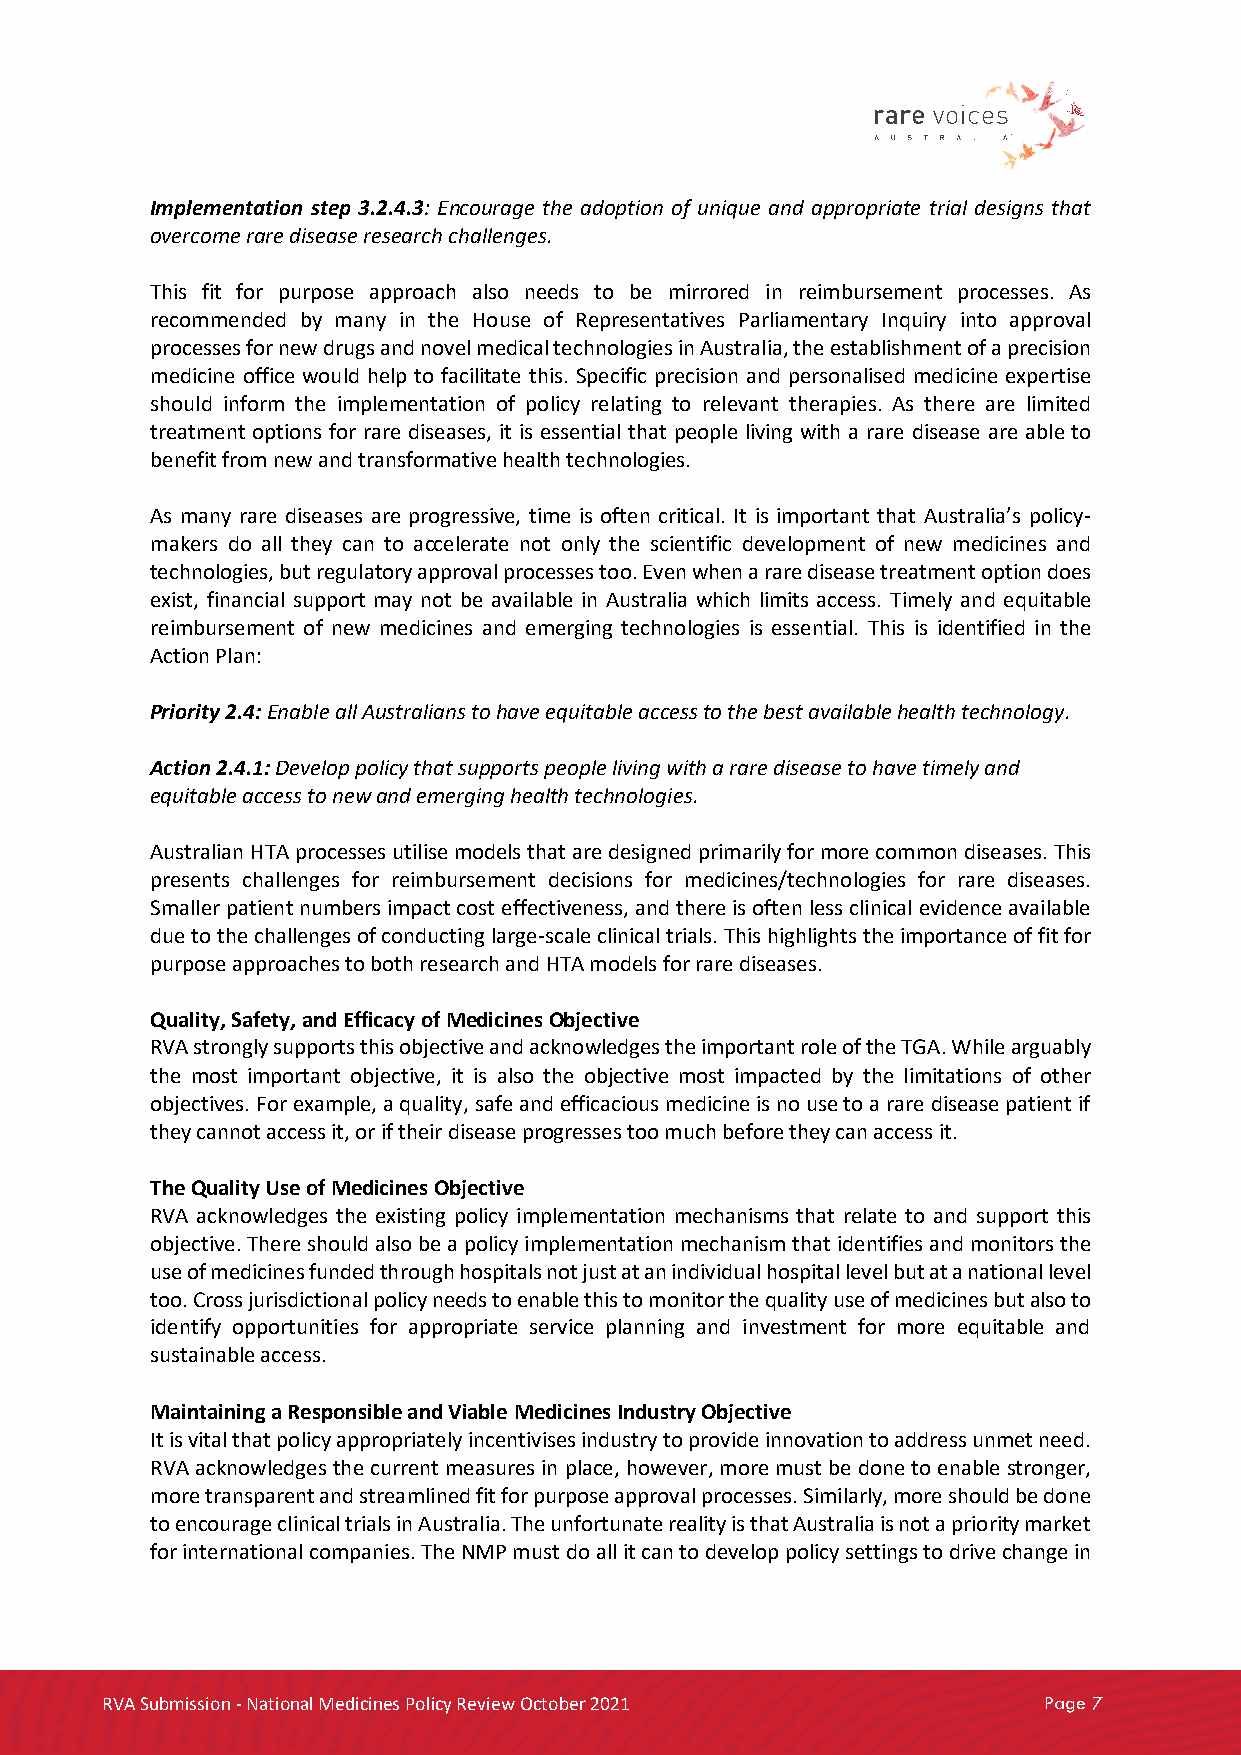
Implementation step 3.2.4.3: Encourage the adoption of unique and appropriate trial designs that
 overcome rare disease research challenges.
 This fit for purpose approach also needs to be mirrored in reimbursement processes. As
 recommended by many in the House of Representatives Parliamentary Inquiry into approval
 processes for new drugs and novel medical technologies in Australia, the establishment of a precision
 medicine office would help to facilitate this. Specific precision and personalised medicine expertise
 should inform the implementation of policy relating to relevant therapies. As there are limited
 treatment options for rare diseases, it is essential that people living with a rare disease are able to
 benefit from new and transformative health technologies.
 As many rare diseases are progressive, time is often critical. It is important that Australia’s policy-
 makers do all they can to accelerate not only the scientific development of new medicines and
 technologies, but regulatory approval processes too. Even when a rare disease treatment option does
 exist, financial support may not be available in Australia which limits access. Timely and equitable
 reimbursement of new medicines and emerging technologies is essential. This is identified in the
 Action Plan:
 Priority 2.4: Enable all Australians to have equitable access to the best available health technology.
 Action 2.4.1: Develop policy that supports people living with a rare disease to have timely and
 equitable access to new and emerging health technologies.
 Australian HTA processes utilise models that are designed primarily for more common diseases. This
 presents challenges for reimbursement decisions for medicines/technologies for rare diseases.
 Smaller patient numbers impact cost effectiveness, and there is often less clinical evidence available
 due to the challenges of conducting large-scale clinical trials. This highlights the importance of fit for
 purpose approaches to both research and HTA models for rare diseases.
 Quality, Safety, and Efficacy of Medicines Objective
 RVA strongly supports this objective and acknowledges the important role of the TGA. While arguably
 the most important objective, it is also the objective most impacted by the limitations of other
 objectives. For example, a quality, safe and efficacious medicine is no use to a rare disease patient if
 they cannot access it, or if their disease progresses too much before they can access it.
 The Quality Use of Medicines Objective
 RVA acknowledges the existing policy implementation mechanisms that relate to and support this
 objective. There should also be a policy implementation mechanism that identifies and monitors the
 use of medicines funded through hospitals not just at an individual hospital level but at a national level
 too. Cross jurisdictional policy needs to enable this to monitor the quality use of medicines but also to
 identify opportunities for appropriate service planning and investment for more equitable and
 sustainable access.
 Maintaining a Responsible and Viable Medicines Industry Objective
 It is vital that policy appropriately incentivises industry to provide innovation to address unmet need.
 RVA acknowledges the current measures in place, however, more must be done to enable stronger,
 more transparent and streamlined fit for purpose approval processes. Similarly, more should be done
 to encourage clinical trials in Australia. The unfortunate reality is that Australia is not a priority market
 for international companies. The NMP must do all it can to develop policy settings to drive change in
 RVA Submission - National Medicines Policy Review October 2021 Page 7